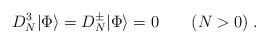
LaTeX: \begin{align*}D_N^3 |\Phi\rangle= D_N^\pm |\Phi\rangle=0\qquad (N>0)\; .\end{align*}